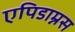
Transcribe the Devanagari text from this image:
एपिडाम्नस